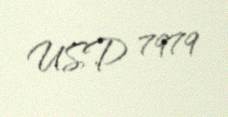
USD 7979